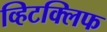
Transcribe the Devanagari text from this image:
व्हिटक्लिफ